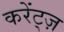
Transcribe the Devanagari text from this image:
करेंट्ज़